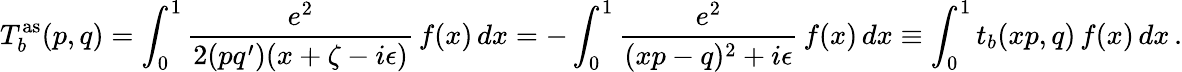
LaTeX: T_{b}^{\mathrm{as}}(p,q)=\int_{0}^{1}\frac{e^{2}}{2(pq^{\prime})(x+\zeta-i\epsilon)}\, f(x)\, dx=-\int_{0}^{1}\frac{e^{2}}{(xp-q)^{2}+i\epsilon}\, f(x)\, dx\equiv\int_{0}^{1}t_{b}(xp,q)\, f(x)\, dx\, .